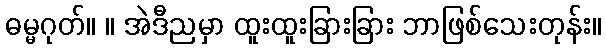
ဓမ္မဂုတ်။ ။ အဲဒီညမှာ ထူးထူးခြားခြား ဘာဖြစ်သေးတုန်း။